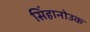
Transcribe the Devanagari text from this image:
सिंहानोउक